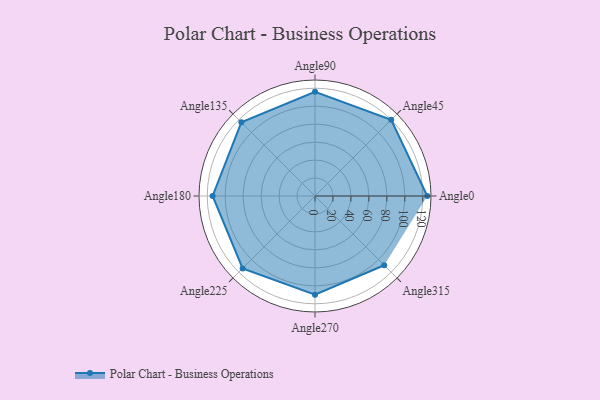
{"axis": {"x": "Angle", "y": "Radius"}, "legend": [""], "data": [{"x": "Angle0", "y": 125.0, "type": ""}, {"x": "Angle45", "y": 120.0, "type": ""}, {"x": "Angle90", "y": 116.0, "type": ""}, {"x": "Angle135", "y": 116.0, "type": ""}, {"x": "Angle180", "y": 114.0, "type": ""}, {"x": "Angle225", "y": 114.0, "type": ""}, {"x": "Angle270", "y": 110.0, "type": ""}, {"x": "Angle315", "y": 109.0, "type": ""}]}